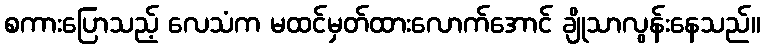
စကားပြောသည့် လေသံက မထင်မှတ်ထားလောက်အောင် ချိုသာလွန်းနေသည်။